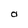
Character: O